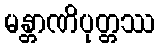
မန္တာဏိပုတ္တဿ